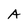
Character: A